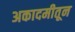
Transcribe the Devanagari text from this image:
अकादमीतून